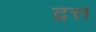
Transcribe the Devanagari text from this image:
द्रत्त